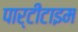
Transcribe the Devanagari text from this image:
पार्टीटाइम